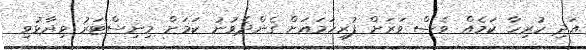
އަދި ހުރިހާ ކަމެއް ވެސް ވަރަށް ފުރިހަމައަށް ގެންދެވުނު ކަމަށް މިނިސްޓަރު ވިދާޅުވި